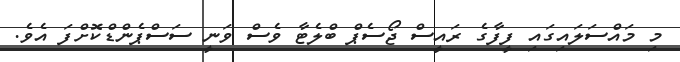
މި މައްސަލައިގައި ފީފާގެ ރައީސް ޖޯސެޕް ބްލެޓާ ވެސް ވަނީ ސަސްޕެންޑްކޮށްފަ އެވެ.